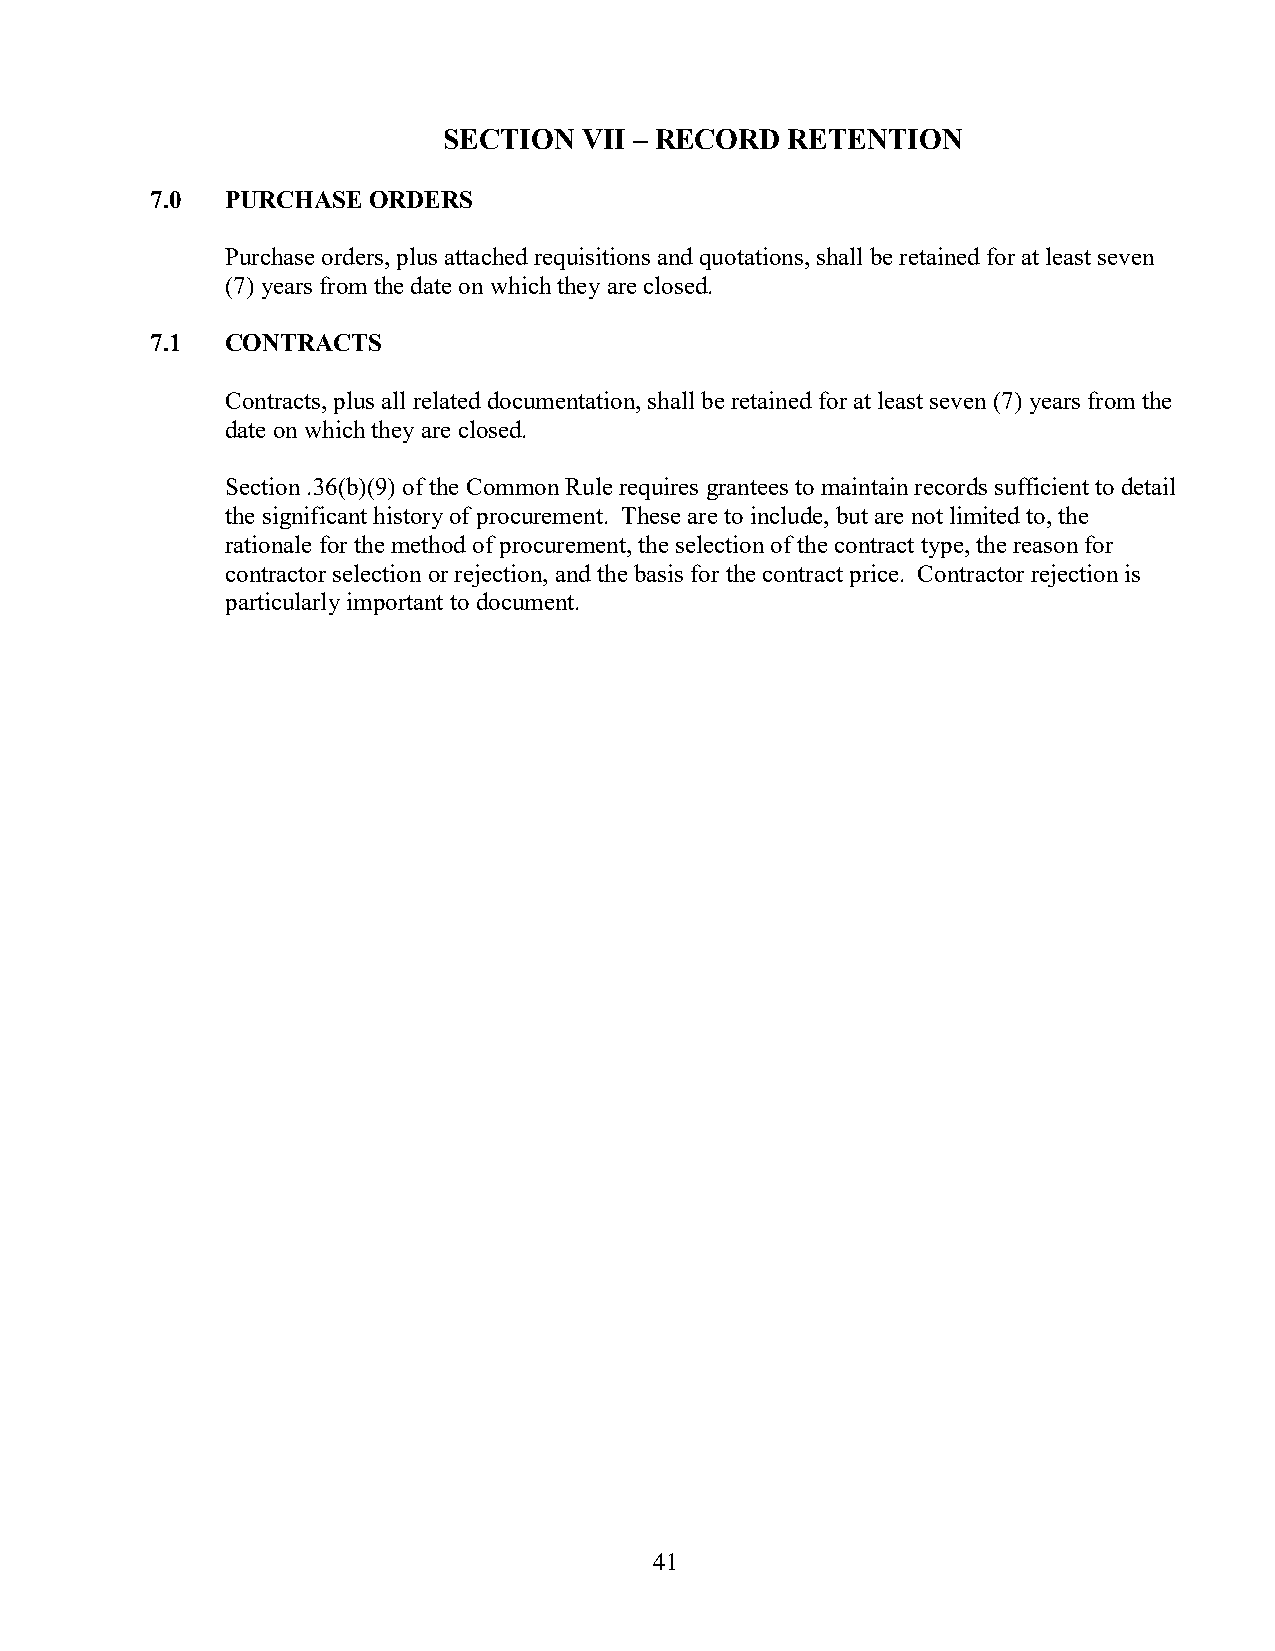
SECTION   VII – RECORD RETENTION
 7.0  PURCHASE ORDERS
 Purchase orders, plus attached requisitions and quotations, shall be retained for at least seven
 (7) years from the date on which they are closed.
 7.1  CONTRACTS
 Contracts, plus all related documentation, shall be retained for at least seven (7) years from the
 date on which they are closed.
 Section .36(b)(9) of the Common Rule requires grantees to maintain records sufficient to detail
 the significant history of procurement. These are to include, but are not limited to, the
 rationale for the method of procurement, the selection of the contract type, the reason for
 contractor selection or rejection, and the basis for the contract price. Contractor rejection is
 particularly important to document.
 41